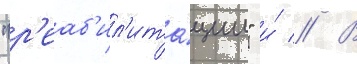
"р'еаб'ил'ита́ции" и́ // В